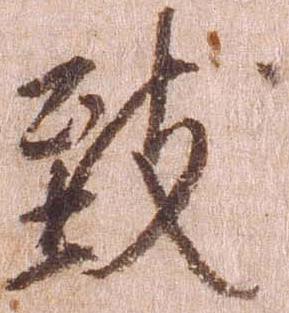
致